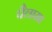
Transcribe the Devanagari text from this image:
पैलाग्रा